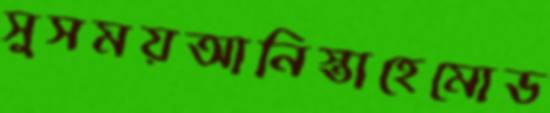
সুসময়আনিস্তাহেমোড